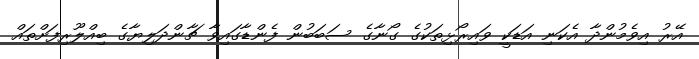
އޭރު އިވެމުންދާ އެކަނި އަޑަކީ ވައިރޯޅިތަކުގެ ގޯނާގެ ސަބަބުން ފެންޑާގައިވާ ޗާންދަލިޔާގެ ބިއްލޫރިފަށްތައް